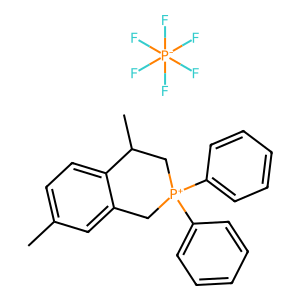
SMILES: Cc1ccc2c(c1)C[P+](c1ccccc1)(c1ccccc1)CC2C.F[P-](F)(F)(F)(F)F
Inhibits HIV replication: No